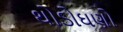
થોડોઘણો